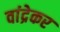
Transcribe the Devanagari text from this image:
वांद्रेकर